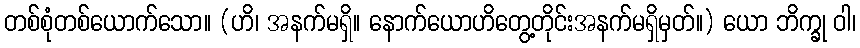
တစ်စုံတစ်ယောက်သော။ (ဟိ၊ အနက်မရှိ။ နောက်ယောဟိတွေ့တိုင်းအနက်မရှိမှတ်။) ယော ဘိက္ခု ဝါ၊